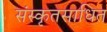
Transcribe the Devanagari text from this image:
संस्कृतसाधित